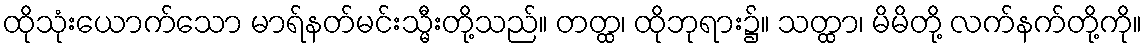
ထိုသုံးယောက်သော မာရ်နတ်မင်းသ္မီးတို့သည်။ တတ္ထ၊ ထိုဘုရား၌။ သတ္ထာ၊ မိမိတို့ လက်နက်တို့ကို။